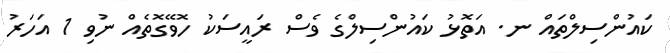
ކައުންސިލްތައް ނ. އަތޮޅު ކައުންސިލްގެ ވެސް ރައީސަކު ހޮވޭގޮތެއް ނުވި 1 އަހަރު